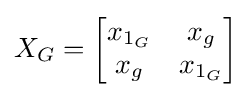
X_{G}={\begin{bmatrix}x_{1_{G}}&x_{g}\\x_{g}&x_{1_{G}}\end{bmatrix}}